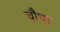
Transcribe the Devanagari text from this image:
चौधा